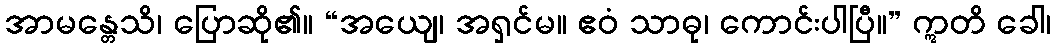
အာမန္တေသိ၊ ပြောဆို၏။ “အယျေ၊ အရှင်မ။ ဧဝံ သာဓု၊ ကောင်းပါပြီ။” ဣတိ ခေါ၊